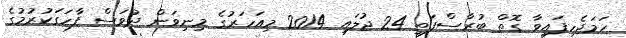
ހަމަޖެހިފައިވާ ގޮތް ބުރާސްފަތި 24 ޖުލައި 2014 މިއަހަރުގެ މިނިވަން ދުވަސް ފާހަގަކުރުމުގެ